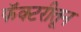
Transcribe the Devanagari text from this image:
फॅक्टरीतून